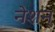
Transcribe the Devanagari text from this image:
नेशन्